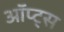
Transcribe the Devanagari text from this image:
ऑप्ट्स